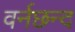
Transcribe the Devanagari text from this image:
वर्नछन्द